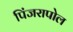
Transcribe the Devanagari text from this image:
पिंजरापोल